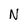
Character: N